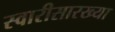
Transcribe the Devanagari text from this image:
स्वारीसारख्या